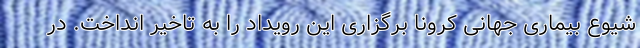
شیوع بیماری جهانی کرونا برگزاری این رویداد را به تاخیر انداخت. در